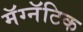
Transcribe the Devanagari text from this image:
मॅग्नॅटिक